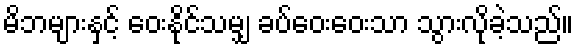
မိဘများနှင့် ဝေးနိုင်သမျှ ခပ်ဝေးဝေးသာ သွားလိုခဲ့သည်။